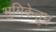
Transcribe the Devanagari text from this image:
भुमिकेतून